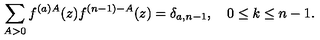
\sum _ { A > 0 } f ^ { ( a ) A } ( z ) f ^ { ( n - 1 ) - A } ( z ) = \delta _ { a , n - 1 } , \quad 0 \leq k \leq n - 1 .